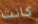
كانت